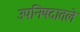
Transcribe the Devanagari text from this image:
उपनिषदातले